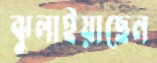
ঝুলাইয়াছেন